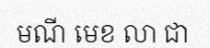
មណី មេខ លា ជា